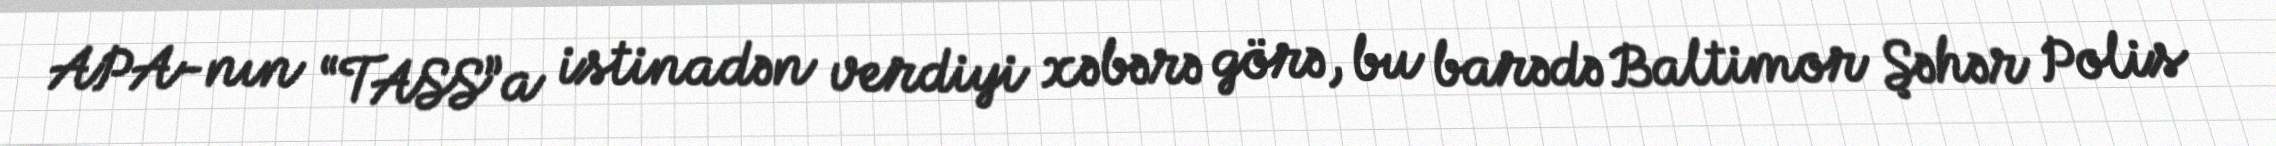
APA-nın “TASS”a istinadən verdiyi xəbərə görə, bu barədə Baltimor Şəhər Polis